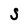
Character: S